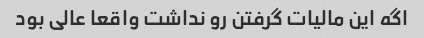
اگه این مالیات گرفتن رو نداشت واقعا عالی بود